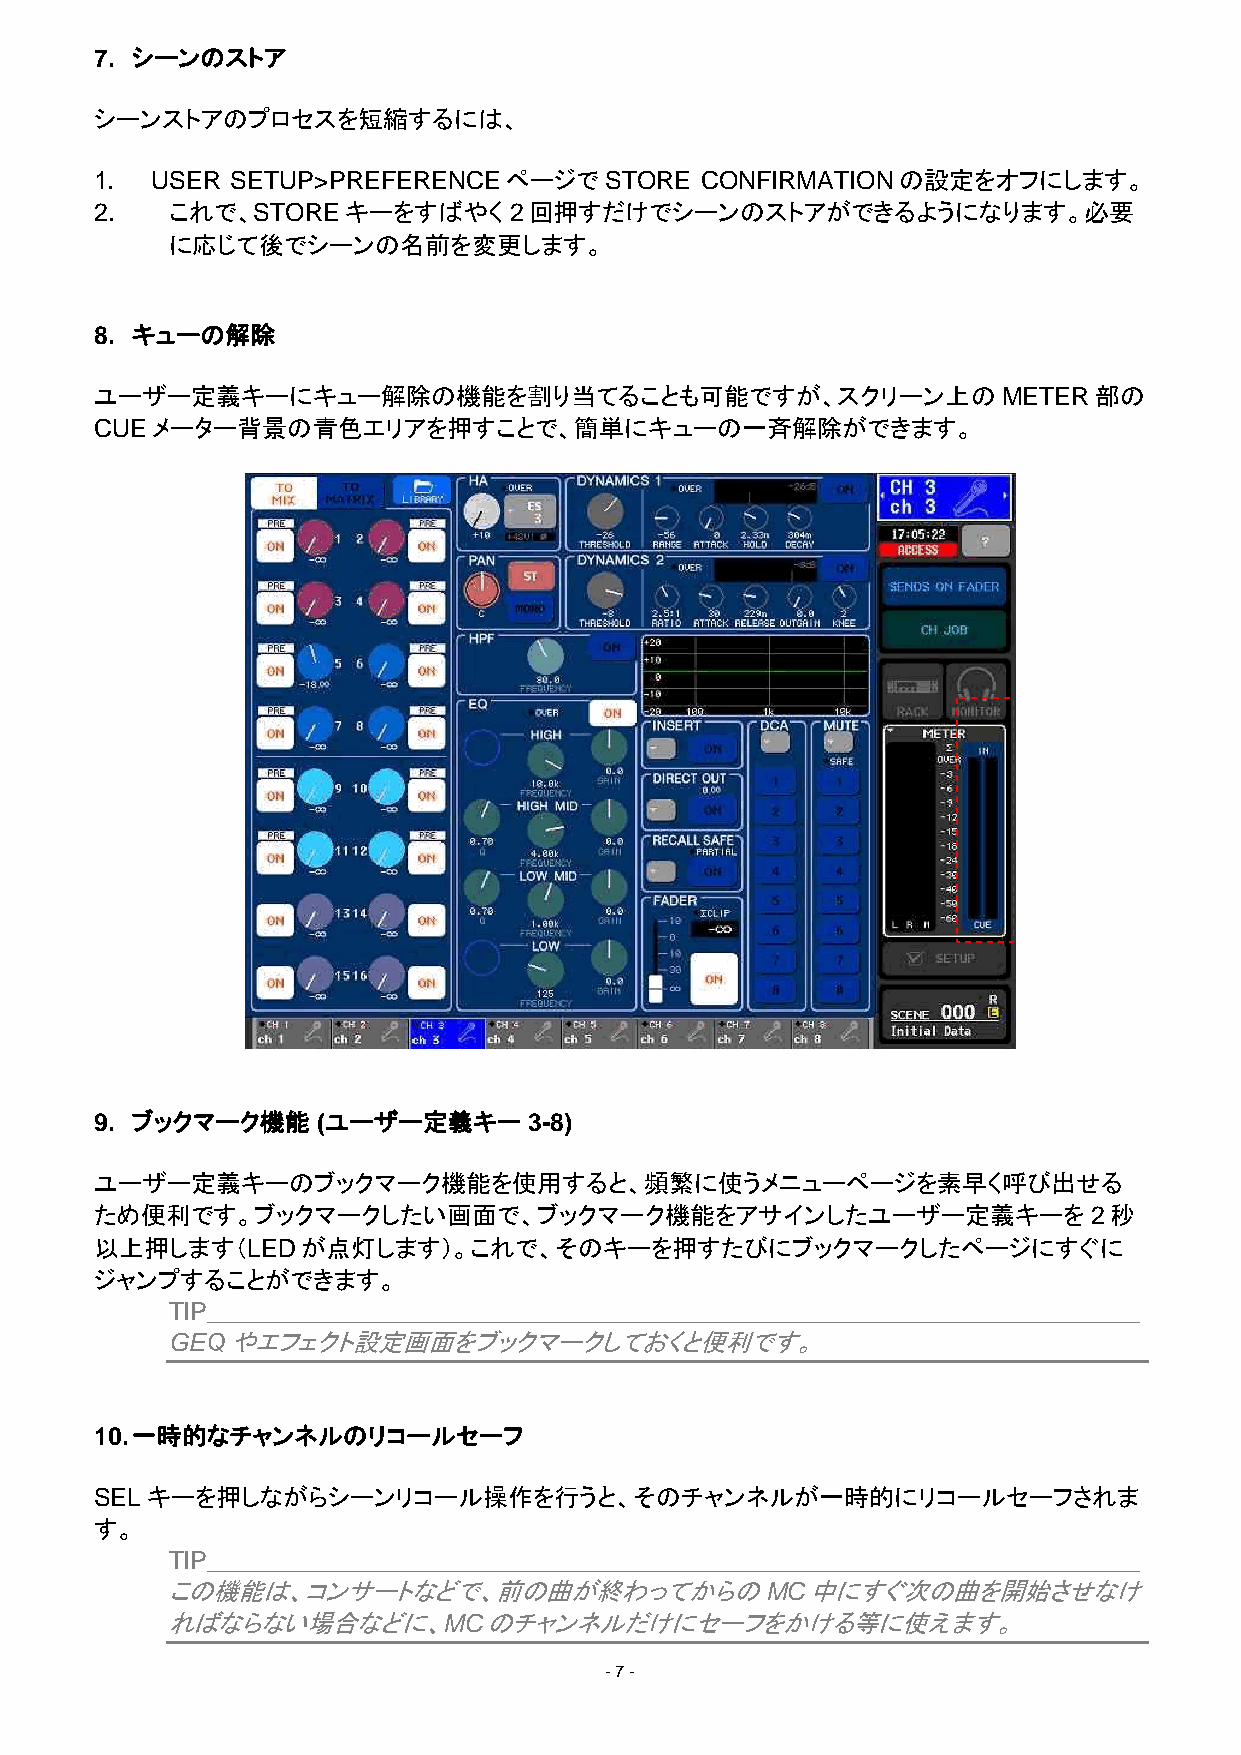
7. シーンのストア
 シーンストアのプロセスを短縮するには、
 1.  USER SETUP>PREFERENCEページでSTORE      CONFIRMATIONの設定をオフにします。
 2.   これで、STOREキーをすばやく       2回押すだけでシーンのストアができるようになります。必要
 に応じて後でシーンの名前を変更します。
 8. キューの解除
 ユーザー定義キーにキュー解除の機能を割り当てることも可能ですが、スクリーン上のMETER部の
 CUEメーター背景の青色エリアを押すことで、簡単にキューの一斉解除ができます。
 9. ブックマーク機能    (ユーザー定義キー     3-8)
 ユーザー定義キーのブックマーク機能を使用すると、頻繁に使うメニューページを素早く呼び出せる
 ため便利です。ブックマークしたい画面で、ブックマーク機能をアサインしたユーザー定義キーを                      2秒
 以上押します（LEDが点灯します）。これで、そのキーを押すたびにブックマークしたページにすぐに
 ジャンプすることができます。
 TIP___________________________________________________________________
 GEQやエフェクト設定画面をブックマークしておくと便利です。
 10. 一時的なチャンネルのリコールセーフ
 SELキーを押しながらシーンリコール操作を行うと、そのチャンネルが一時的にリコールセーフされま
 す。
 TIP___________________________________________________________________
 この機能は、コンサートなどで、前の曲が終わってからのMC中にすぐ次の曲を開始させなけ
 ればならない場合などに、MCのチャンネルだけにセーフをかける等に使えます。
 - 7 -